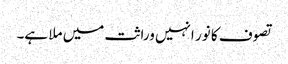
تصوف کا نور انہیں وراثت میں ملا ہے۔